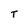
Character: T